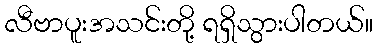
လီဗာပူးအသင်းတို့ ရရှိသွားပါတယ်။